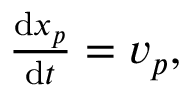
\begin{array} { r } { \frac { \mathrm { d } \boldsymbol { x } _ { p } } { \mathrm { d } t } = \boldsymbol { v } _ { p } , } \end{array}